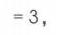
\(= 3,\)